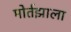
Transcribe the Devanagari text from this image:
मोर्तझाला